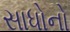
સાધોનો